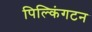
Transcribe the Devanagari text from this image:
पिल्किंगटन